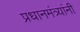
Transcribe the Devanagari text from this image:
प्रधानमंत्र्यांनी